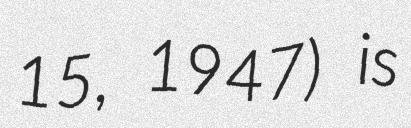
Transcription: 15, 1947) is